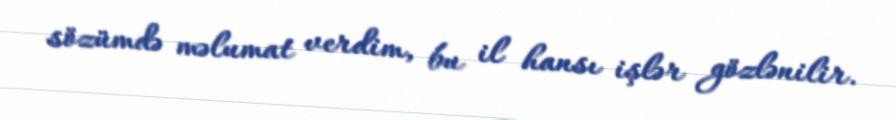
sözümdə məlumat verdim, bu il hansı işlər gözlənilir.